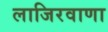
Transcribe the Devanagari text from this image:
लाजिरवाणा